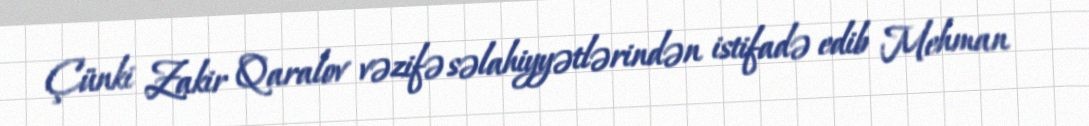
Çünki Zakir Qaralov vəzifə səlahiyyətlərindən istifadə edib Mehman